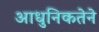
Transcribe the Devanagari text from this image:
आधुनिकतेने